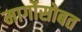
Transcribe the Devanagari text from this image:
मार्गोसोबत